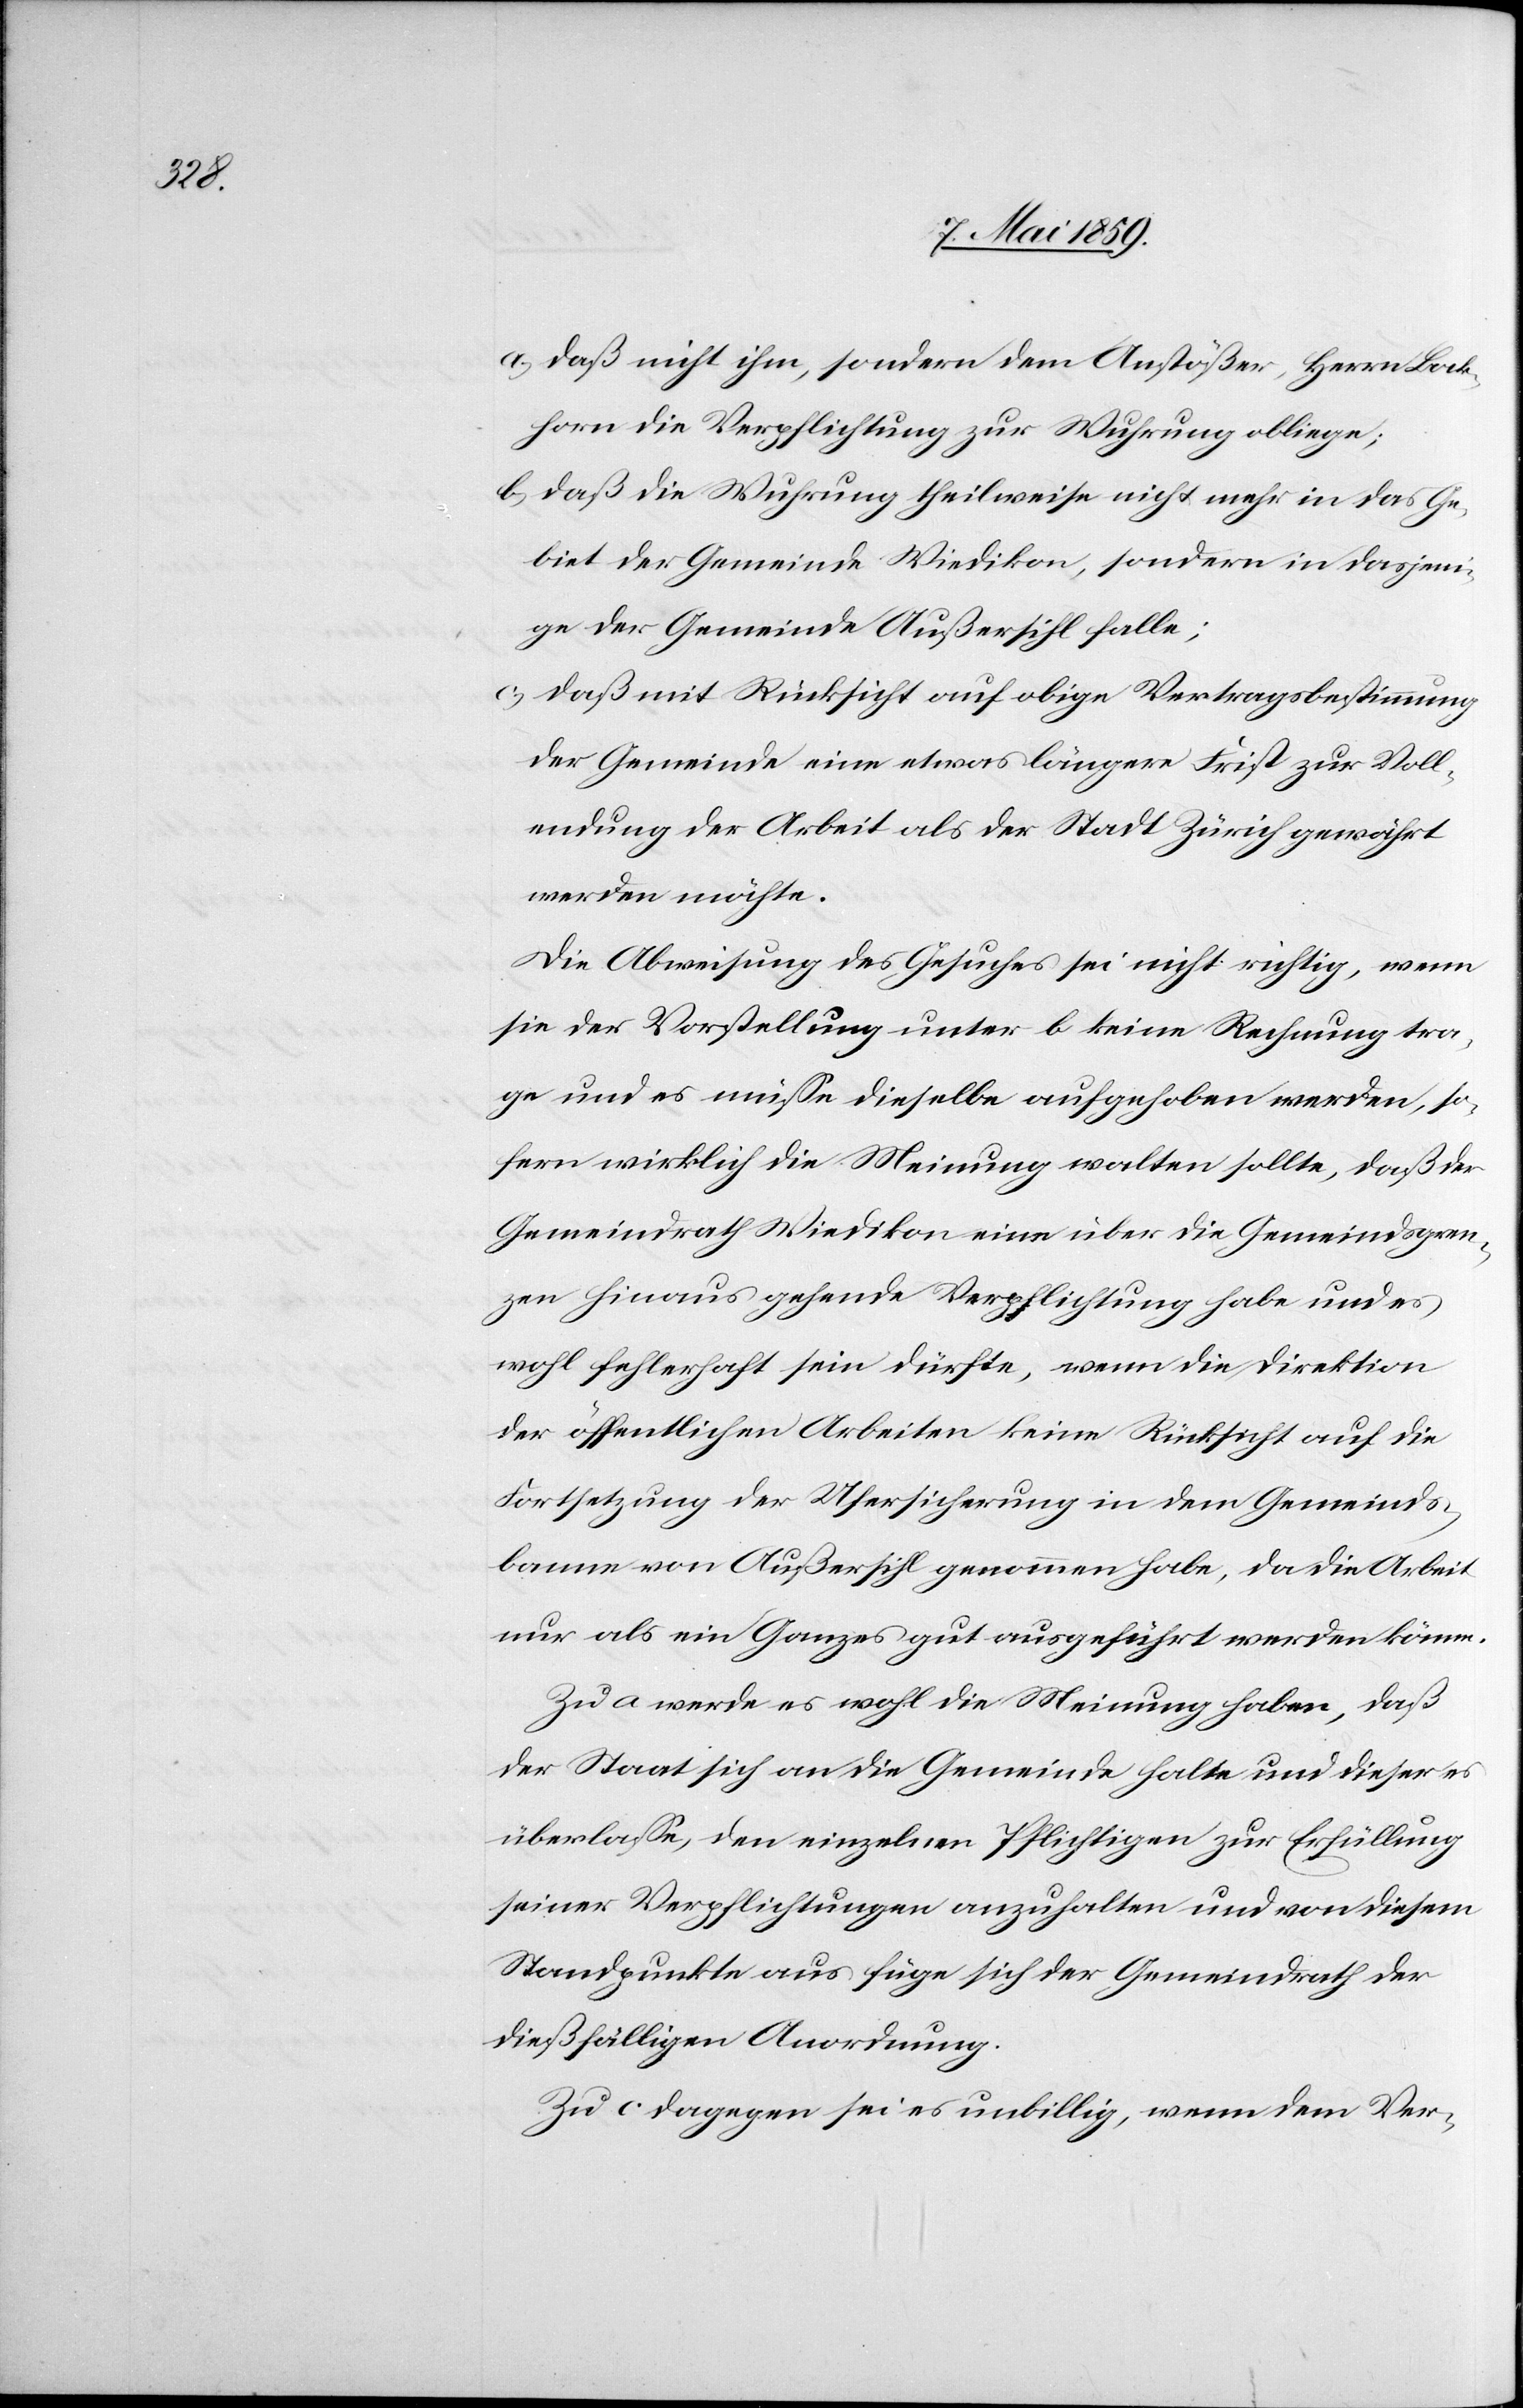
a) daß nicht ihm, sondern dem Anstößer, Herrn Bock¬
horn die Verpflichtung zur Wuhrung obliege;
b) daß die Wuhrung theilweise nicht mehr in das Ge¬
biet der Gemeinde Wiedikon, sondern in dasjeni¬
ge der Gemeinde Außersihl falle;
c) daß mit Rücksicht auf obige Vertragsbestimmung
der Gemeinde eine etwas längere Frist zur Voll¬
endung der Arbeit als der Stadt Zürich gewährt
werden möchte.
Die Abweisung des Gesuches sei nicht richtig, wenn
sie der Vorstellung unter b keine Rechnung tra¬
ge und es müße dieselbe aufgehoben werden, so¬
fern wirklich die Meinung walten sollte, daß der
Gemeindrath Wiedikon eine über die Gemeindsgren¬
ze hinaus gehende Verpflichtung habe und es
wohl fehlerhaft sein dürfte, wenn die Direktion
der öffentlichen Arbeiten keine Rücksicht auf die
Fortsetzung der Ufersicherung in dem Gemeinds¬
banne von Außersihl genommen habe, da die Arbeit
nur als ein Ganzes gut ausgeführt werden könne.
Zu a werde es wohl die Meinung haben, daß
der Staat sich an die Gemeinde halte und dieser es
überlaße, den einzelnen Pflichtigen zur Erfüllung
seiner Verpflichtungen anzuhalten und von diesem
Standpunkte aus füge sich der Gemeindrath der
dießfälligen Anordnung.
Zu c dagegen sei es unbillig, wenn dem Ver-